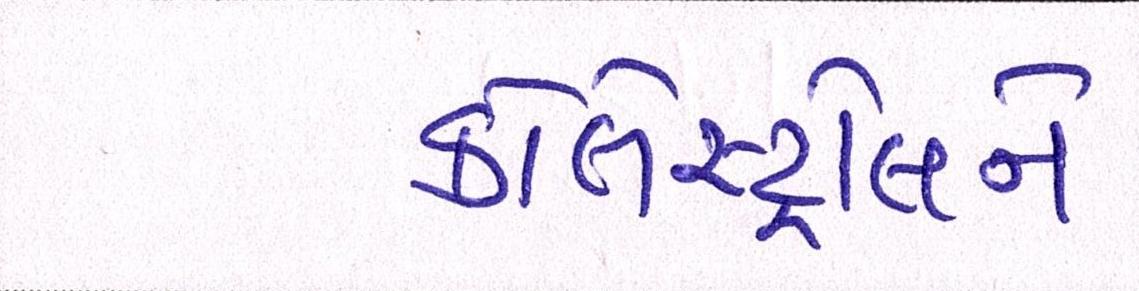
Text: કોલેસ્ટ્રોલને